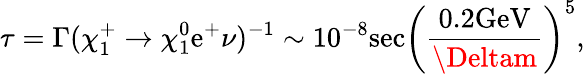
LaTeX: \tau=\Gamma(\chi_{1}^{+}\rightarrow\chi_{1}^{0}\mathrm{e}^{+}\nu)^{-1}\sim10^{-8}\mathrm{{s\mathrm{e}c}}\left(\frac{{0.2\mathrm{{G\mathrm{e}V}}}}{{\Deltam}}\right)^{5},